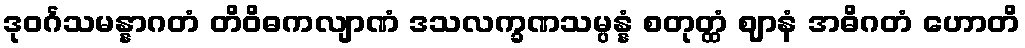
ဒုဝင်္ဂသမန္နာဂတံ တိဝိဓကလျာဏံ ဒသလက္ခဏသမ္ပန္နံ စတုတ္ထံ ဈာနံ အဓိဂတံ ဟောတိ